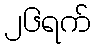
၂၆ရက်